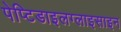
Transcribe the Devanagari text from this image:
पेप्टिडाइलग्लाइसाइन